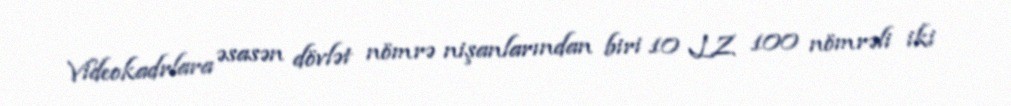
Videokadrlara əsasən dövlət nömrə nişanlarından biri 10 LZ 100 nömrəli iki